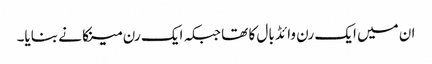
ان میں ایک رن وائڈ بال کا تھا جبکہ ایک رن مینکا نے بنایا۔